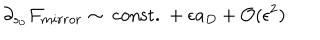
LaTeX: \partial _ { s _ { 0 } } { \cal F } _ { m i r r o r } \sim \mathrm { ~ c o n s t . ~ } + \epsilon a _ { D } + { \cal O } ( \epsilon ^ { 2 } )